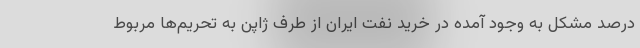
درصد مشکل به وجود آمده در خرید نفت ایران از طرف ژاپن به تحریم‌ها مربوط